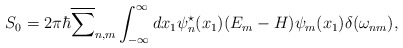
\begin{align*}S_0 = 2{\pi}{\hbar} \overline{\sum}_{n,m} \int_{-\infty}^{\infty}dx_1 {\psi}^{\star}_n(x_1) (E_m-H) {\psi}_m(x_1) \delta({\omega}_{nm}),\end{align*}